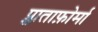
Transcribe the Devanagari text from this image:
प्लाताफ़ोर्मा